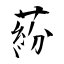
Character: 蒶